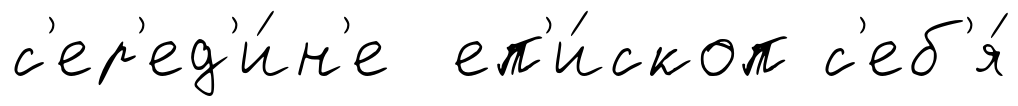
с'ер'ед'и́н'е еп'и́скоп с'еб'я́